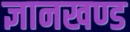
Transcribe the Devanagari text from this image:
ज्ञानखण्ड